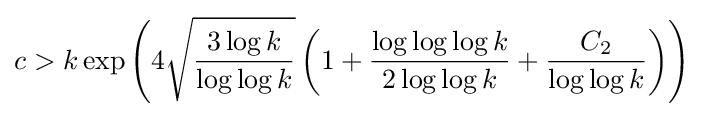
c>k\exp \left(4{\sqrt {\frac {3\log k}{\log \log k}}}\left(1+{\frac {\log \log \log k}{2\log \log k}}+{\frac {C_{2}}{\log \log k}}\right)\right)